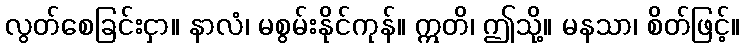
လွတ်စေခြင်းငှာ။ နာလံ၊ မစွမ်းနိုင်ကုန်။ ဣတိ၊ ဤသို့။ မနသာ၊ စိတ်ဖြင့်။